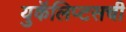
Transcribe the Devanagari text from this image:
युकॅलिप्टसची